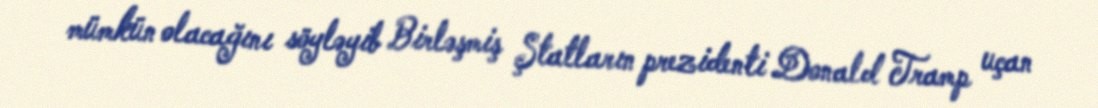
mümkün olacağını söyləyib Birləşmiş Ştatların prezidenti Donald Tramp uçan